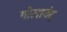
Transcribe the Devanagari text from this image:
गोलानंद